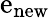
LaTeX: \mathrm{e}_{\mathrm{{n\mathrm{e}w}}}